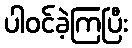
ပါဝင်ခဲ့ကြပြီး